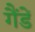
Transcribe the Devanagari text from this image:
गैंडें